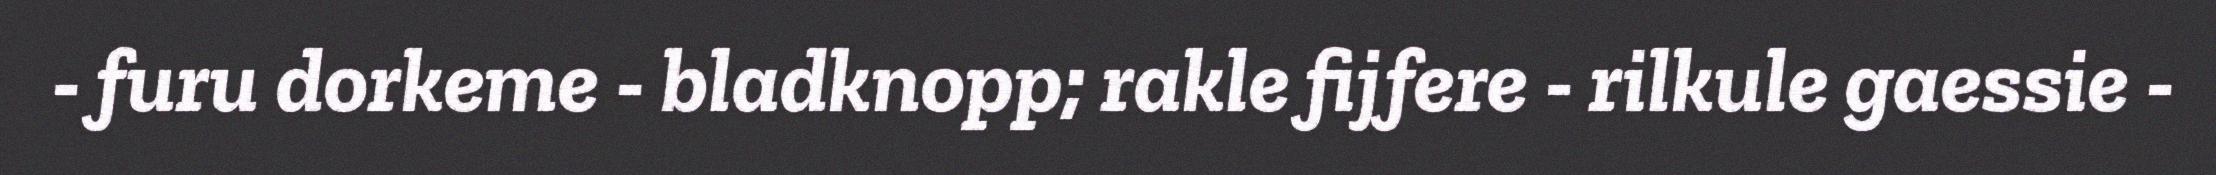
- furu dorkeme - bladknopp; rakle fijfere - rilkule gaessie -